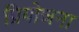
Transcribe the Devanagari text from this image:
प्रियोजना